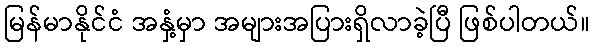
မြန်မာနိုင်ငံ အနှံ့မှာ အများအပြားရှိလာခဲ့ပြီ ဖြစ်ပါတယ်။